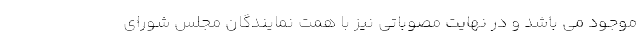
موجود می باشد و در نهایت مصوباتی نیز با همت نمایندگان مجلس شورای